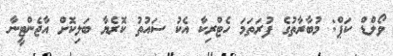
ވޯލްޑް ކަޕް: މުބާރާތުގެ ފުރަތަމަ ހެޓްރިކާ އެކު ސައުތު ކޮރެޔާ ބަލިކޮށް އާޖެންޓީނާ